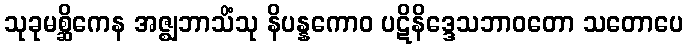
သုခုမစ္ဆိကေန အဇ္ဈဘာသိံသု နိပန္နကောဝ ပဋိနိဒ္ဒေသဘာဝတော သတောပေ